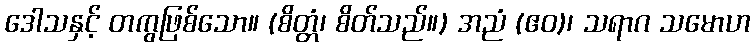
ဒေါသနှင့် တကွဖြစ်သော။ (စိတ္တံ၊ စိတ်သည်။) အညံ (ဧဝ)၊ သရာဂ သမောဟ